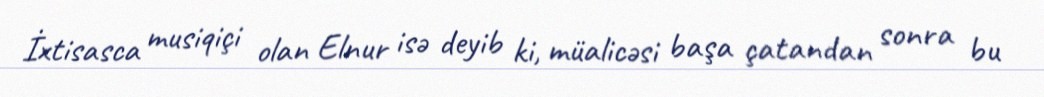
İxtisasca musiqiçi olan Elnur isə deyib ki, müalicəsi başa çatandan sonra bu